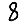
Digit: 8